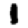
Digit: 1